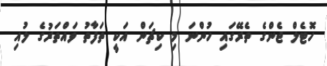
ހޮޓެލް ޖެންގެ ތެރޭގައި ހުންނަ މި ކިޗަން އަކީ ތަފާތު ވައްތަރުގެ ލުއި